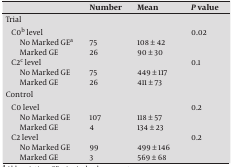
<table><thead><tr><td></td><td><b>Number </b></td><td><b>Mean </b></td><td><b>P value</b></td></tr></thead><tbody><tr><td colspan="4">Trial</td></tr><tr><td>C0<sup>b</sup> level</td><td></td><td></td><td rowspan="3">0.02</td></tr><tr><td>No Marked GE<sup>a</sup></td><td>75</td><td>108 ± 42</td></tr><tr><td>Marked GE</td><td>26</td><td>90 ± 30</td></tr><tr><td>C2<sup>c</sup> level</td><td></td><td></td><td rowspan="3">0.1</td></tr><tr><td>No Marked GE</td><td>75</td><td>449 ± 117</td></tr><tr><td>Marked GE</td><td>26</td><td>411 ± 73</td></tr><tr><td colspan="4">Control</td></tr><tr><td>C0 level</td><td></td><td></td><td rowspan="3">0.2</td></tr><tr><td>No Marked GE</td><td>107</td><td>118 ± 57</td></tr><tr><td>Marked GE</td><td>4</td><td>134 ± 23</td></tr><tr><td>C2 level</td><td></td><td></td><td rowspan="3">0.2</td></tr><tr><td>No Marked GE</td><td>99</td><td>499 ± 146</td></tr><tr><td>Marked GE</td><td>3</td><td>569 ± 68</td></tr></tbody></table>